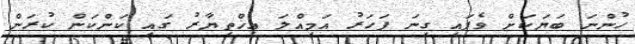
ހުންނަ ބަޔަކަށް ވެފައި ގިނަ ފަހަރު އަމިއްލަ އިޚްތިޔާރު ގައި ކަންކަން ކުރަން